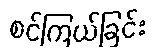
စင်ကြယ်ခြင်း